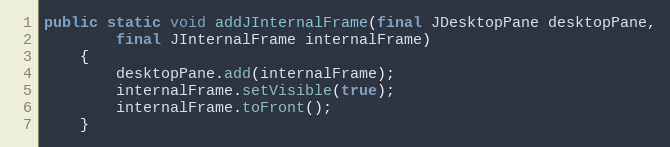
Language: Java
public static void addJInternalFrame(final JDesktopPane desktopPane,
		final JInternalFrame internalFrame)
	{
		desktopPane.add(internalFrame);
		internalFrame.setVisible(true);
		internalFrame.toFront();
	}